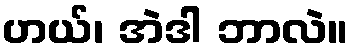
ဟယ်၊ အဲဒါ ဘာလဲ။